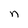
Character: n